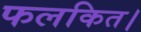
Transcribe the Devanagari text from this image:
फलकित।